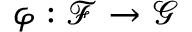
\varphi : { \mathcal { F } } \rightarrow { \mathcal { G } }